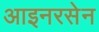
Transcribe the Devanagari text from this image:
आइनरसेन